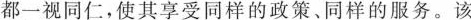
都一视同仁，使其享受同样的政策、同样的服务。该